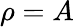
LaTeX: \rho=A